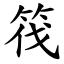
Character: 筏